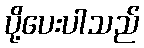
ပို့ပေးပါသည်